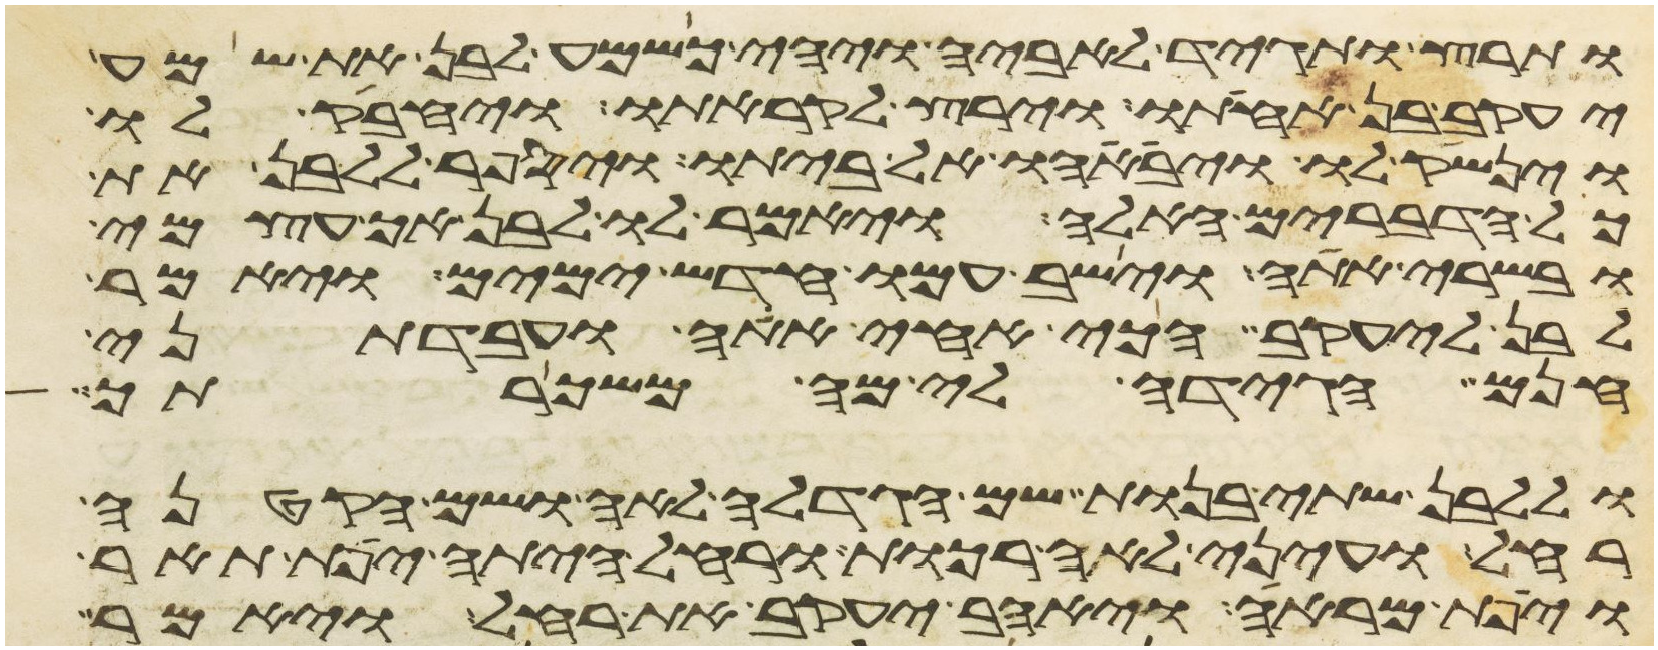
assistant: ותרץ ותגד לאביה ויהי כשמע לבן את שמע
יעקב בן אחותו וירץ לקראתו ויחבק לו
וינשק לו ויביאהו אל ביתו ויספר ללבן את
כל הדברים האלה ויאמר לו לבן אך עצמי
ובשרי אתה וישב עמו חדש ימים ויאמר
לבן ליעקב הכי אחי אתה ועבדתני
חנם הגידה לי מה משכרתך
וללבן שתי בנות שם הגדלה לאה ושם הקטנה
רחל ועיני לאה רכות ורחל היתה יפת תאר
ויפת מראה ויאהב יעקב את רחל ויאמר